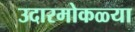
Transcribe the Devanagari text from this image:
उदारमोकळ्या